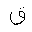
Letter: _qaf